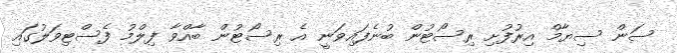
ސަން ސިޔާމް އިރުފުށި ރިސޯޓުން ބުނެފައިވަނީ އެ ރިސޯޓުން ބާއްވާ ފިލްމު ފެސްޓިވަލުގައި